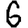
Digit: 6